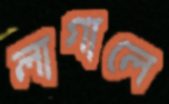
লাগালে